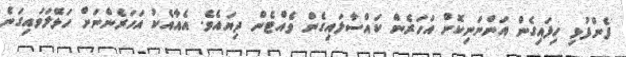
ފެންފުޅި ހިފައިގެން އަންނަނިކޮށް އަހަރެން ކައްސާލައިގެން ވެއްޓެން ދިޔައެވެ. އެއާއެކު އަހަރެންނަށް ހަޅޭލަވައިގަނެ